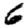
Digit: 6